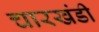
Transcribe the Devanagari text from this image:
चारखंडी